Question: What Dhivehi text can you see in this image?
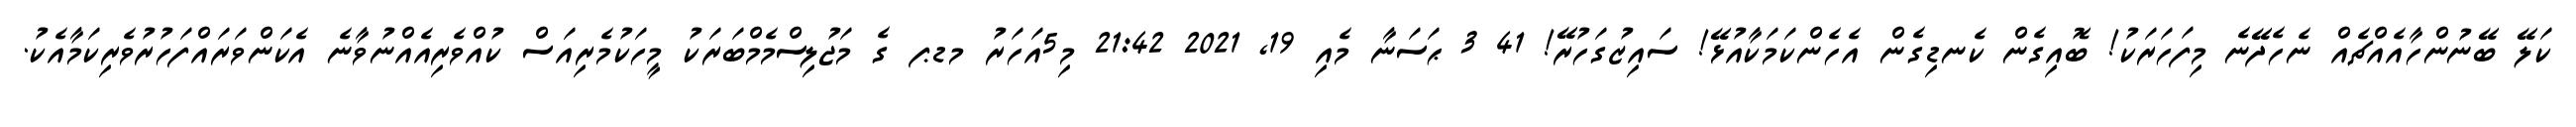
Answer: ކަލޭ ބޭނުންހާއެއްޗެއް ނެހެދޭނެ މިފަހަރަކު! ބޮއިގެން ކެނޑިގެން އެހެންކަމަކާއުޅޭ! ސައިޒުގަހުރޭ! 41 3 ޙަސަނާ މެއި 19, 2021 21:42 މި5އަހަރު މޑޕ ގެ މަޖުލިސްމެމްބަރަކު މީހަކުމެރިއަސް ކުއްވެރިއެއްނުވާނެ އެކަންވަރައްފަހުރުވެރިކަމާއެކު.